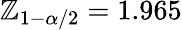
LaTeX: \mathbb{Z}_{1-\alpha/2}=1.965